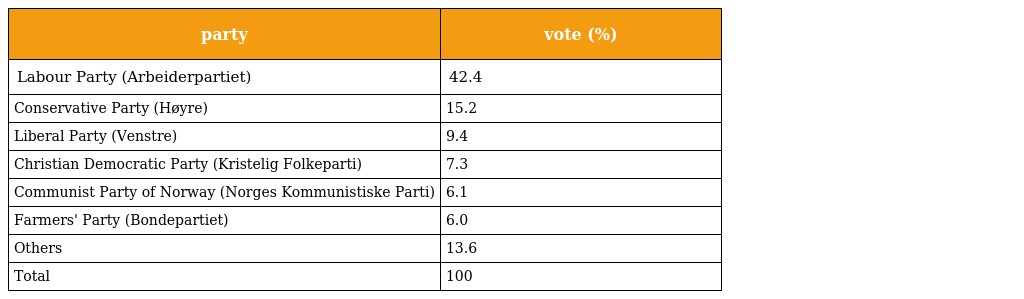
| party | vote (%) |
 | --- | --- |
 | Labour Party (Arbeiderpartiet) | 42.4 |
 | Conservative Party (Høyre) | 15.2 |
 | Liberal Party (Venstre) | 9.4 |
 | Christian Democratic Party (Kristelig Folkeparti) | 7.3 |
 | Communist Party of Norway (Norges Kommunistiske Parti) | 6.1 |
 | Farmers' Party (Bondepartiet) | 6.0 |
 | Others | 13.6 |
 | Total | 100 |